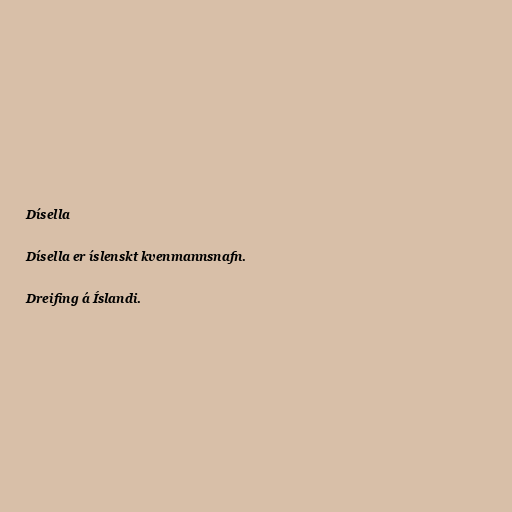
Dísella

Dísella er íslenskt kvenmannsnafn.

Dreifing á Íslandi.